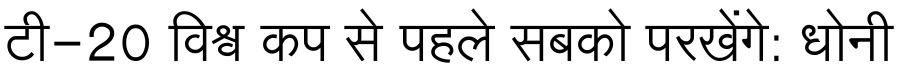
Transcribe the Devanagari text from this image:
टी-20 विश्व कप से पहले सबको परखेंगे: धोनी